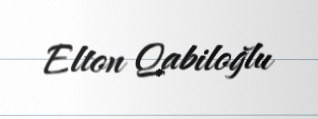
Elton Qabiloğlu